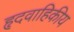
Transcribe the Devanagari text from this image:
हृदवाहिकीय